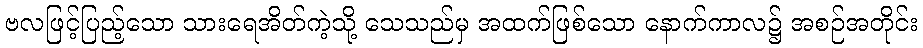
ဗလဖြင့်ပြည့်သော သားရေအိတ်ကဲ့သို့ သေသည်မှ အထက်ဖြစ်သော နောက်ကာလ၌ အစဉ်အတိုင်း